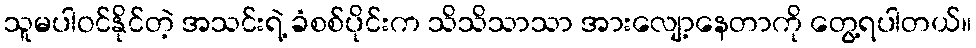
သူမပါဝင်နိုင်တဲ့ အသင်းရဲ့ ခံစစ်ပိုင်းက သိသိသာသာ အားလျော့နေတာကို တွေ့ရပါတယ်။